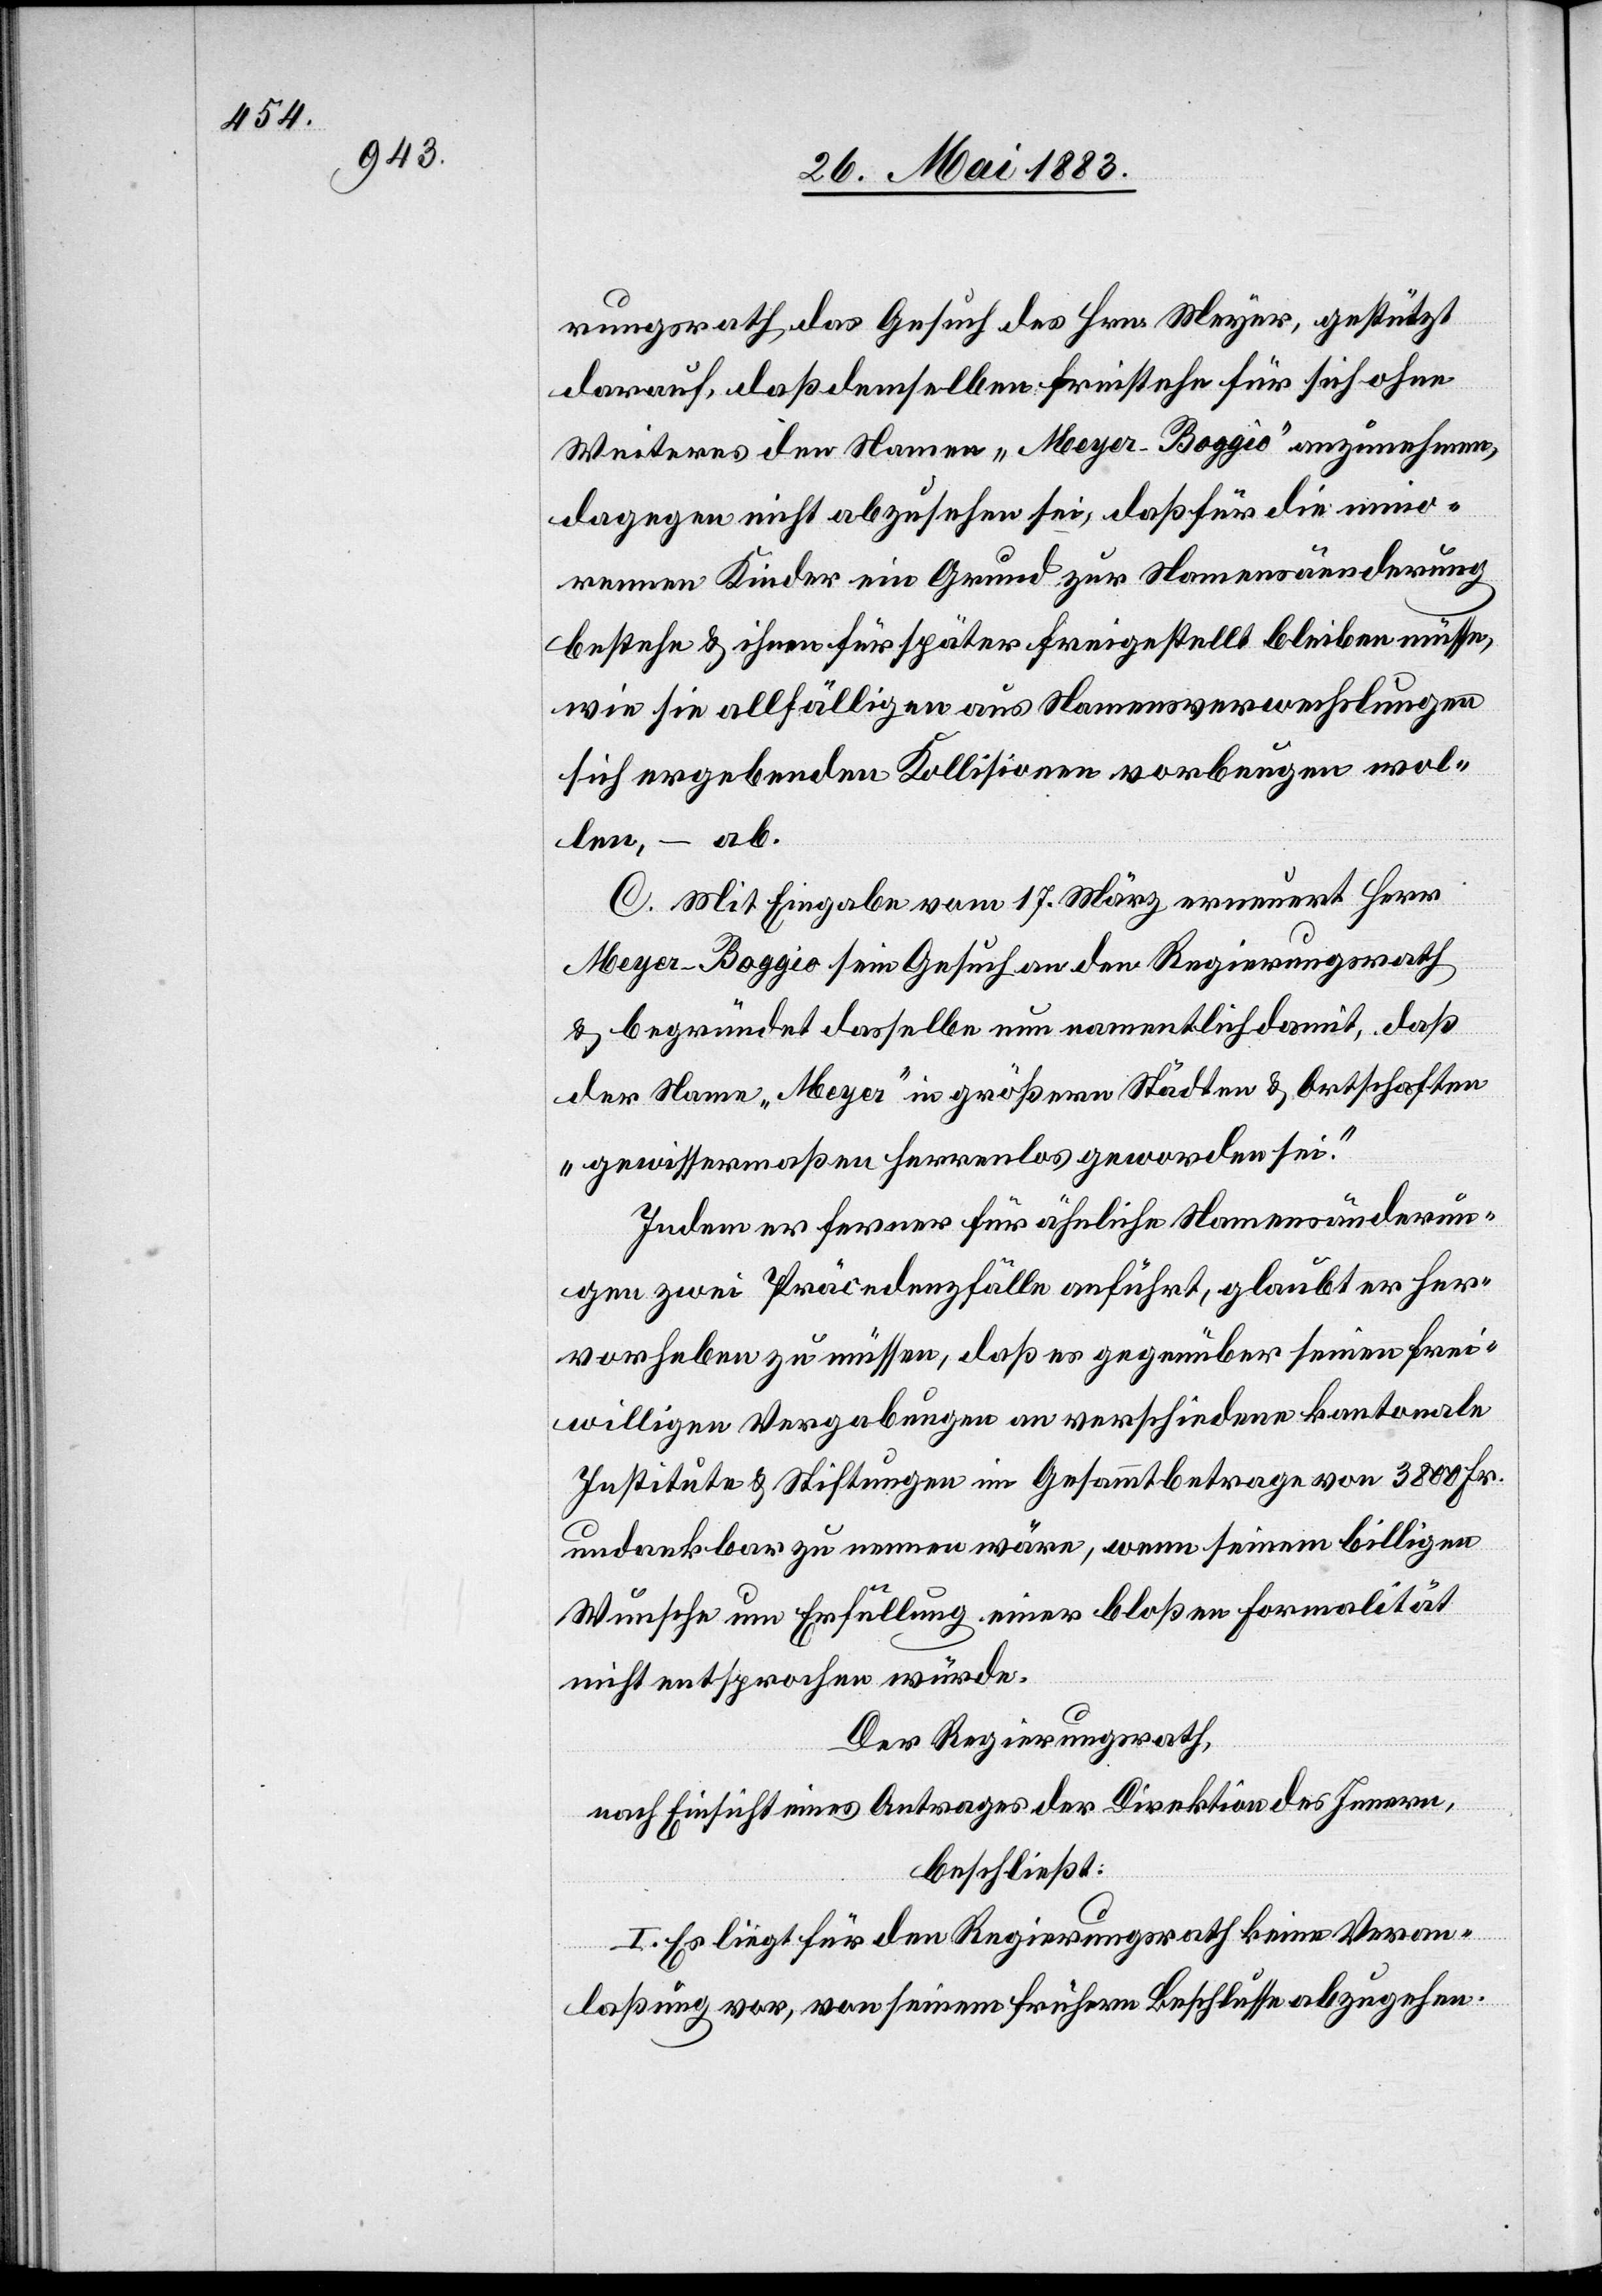
rungsrath das Gesuch des Hrn. Meyer, gestützt
darauf, daß demselben freistehe für sich ohne
Weiteres den Namen „Meyer-Boggio“ anzunehmen,
dagegen nicht abzusehen sei, daß für die mino¬
rennen Kinder ein Grund zur Namensänderung
bestehe & ihnen für später freigestellt bleiben müsse,
wie sie allfälligen aus Namensverwechslungen
sich ergebenden Kollisionen vorbeugen wol¬
len, – ab.
C. Mit Eingabe vom 17. März erneuert Herr
Meyer-Boggio sein Gesuch an den Regierungsrath
& begründet dasselbe nun namentlich damit, daß
der Name „Meyer“ in größern Städten & Ortschaften
„gewissermaßen herrenlos geworden sei.“
Indem er ferner für ähnliche Namensänderun¬
gen zwei Präcedenzfälle anführt, glaubt er her¬
vorheben zu müssen, daß es gegenüber seinen frei¬
willigen Vergabungen [sic!] an verschiedene kantonale
Institute & Stiftungen im Gesammtbetrage von 3800 Fr.
undankbar zu nennen wäre, wenn seinem billigen
Wunsche um Erfüllung einer bloßen Formalität
nicht entsprochen würde.
Der Regierungsrath,
nach Einsicht eines Antrages der Direktion des Innern,
beschließt:
I. Es liegt für den Regierungsrath keine Veran¬
laßung vor, von seinem frühern Beschlusse abzugehen.